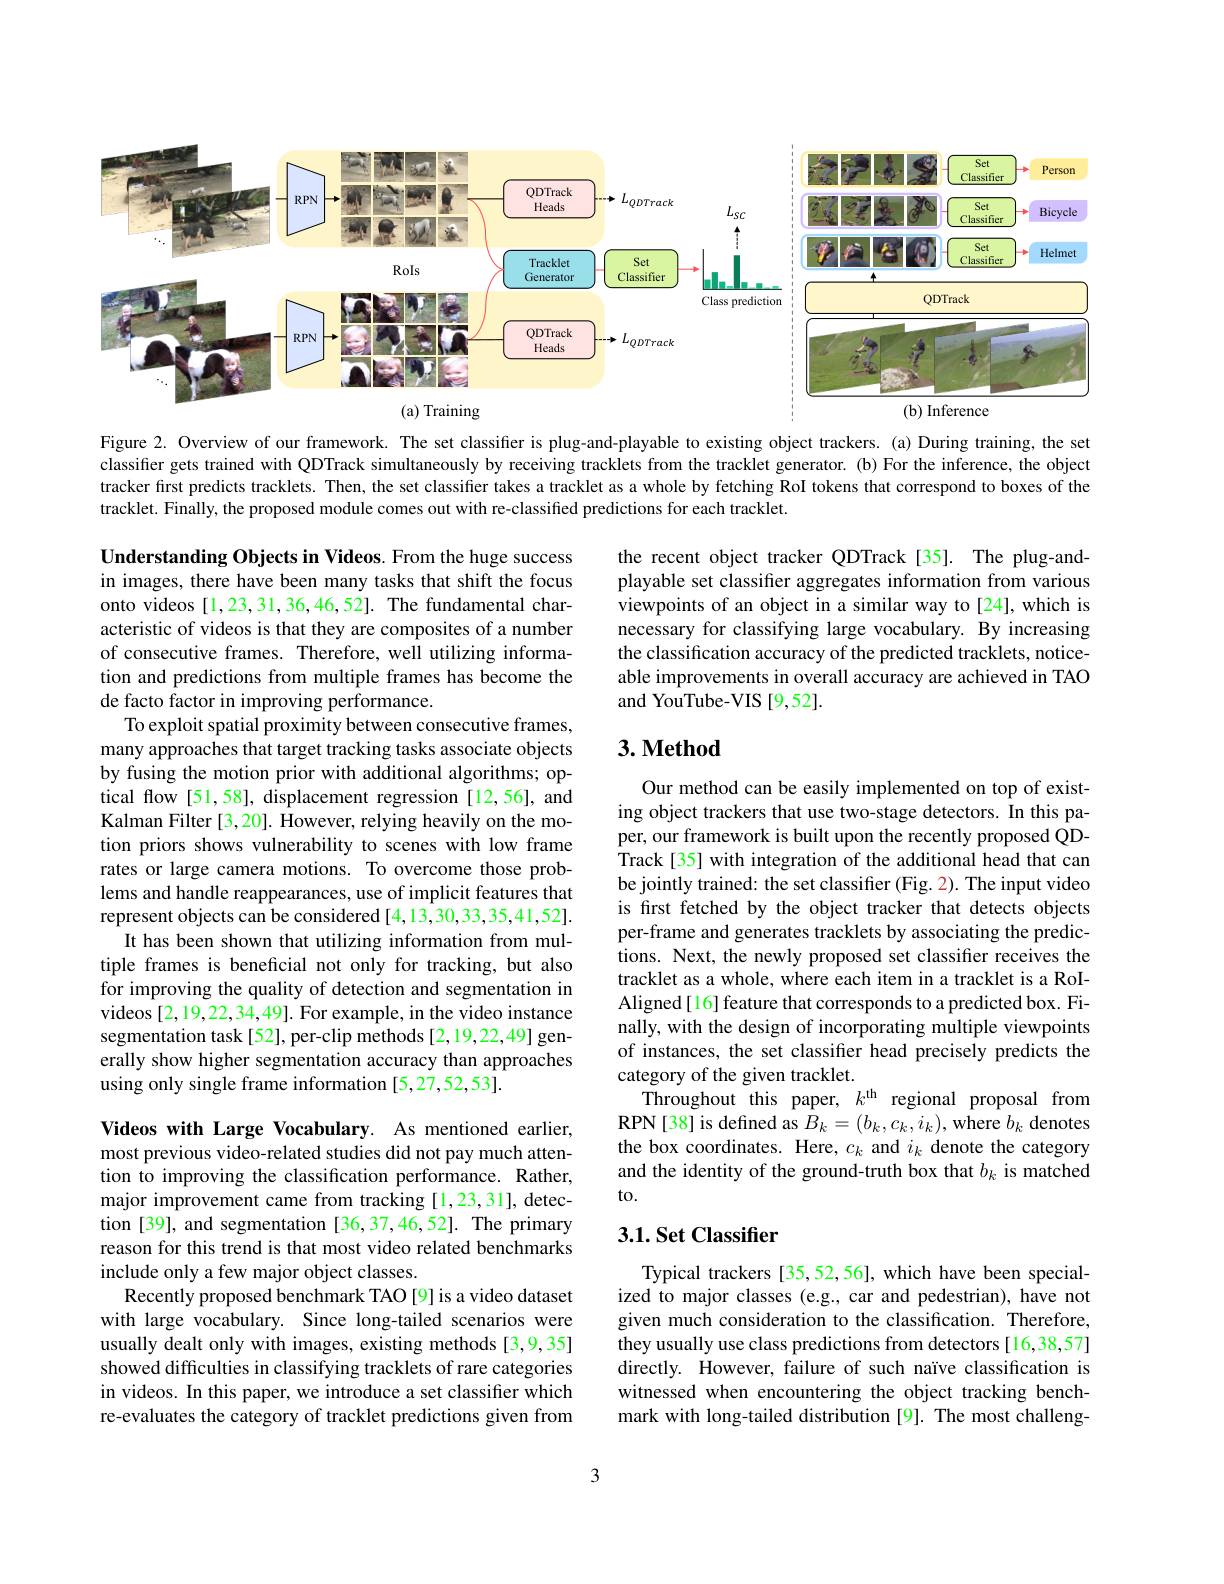
<FigureHere>

Figure 2. Overview of our framework. The set classifier is plug-and-playable to existing object trackers. (a) During training, the set classifier gets trained with QDTrack simultaneously by recciving tracklets from the tracklet generator. (b) For the inference, the object tracker first predicts tracklets. Then, the set classifier takes a tracklet as a whole by fetching RoI tokens that correspond to boxes of the tracklet. Finally, the proposed module comes out with re-classified predictions for each tracklet.

the recent object tracker QDTrack [35]. The plug-andplayable set classifier aggregates information from various viewpoints of an object in a similar way to[24], which is necessary for classifying large vocabulary. By increasing the classification accuracy of the predicted tracklets, noticeable improvements in overall accuracy are achieved in TAO and YouTube-VIS [9,52].

## $3. \textbf{Method}$

Understanding Objects in Videos. From the huge success in images, there have been many tasks that shift the focus onto videos [1,23,31,36,46,52]. The fundamental characteristic of videos is that they are composites of a number of consecutive frames. Therefore, well utilizing information and predictions from multiple frames has become the de facto factor in improving performance.
To exploit spatial proximity between consecutive frames, many approaches that target tracking tasks associate objects by fusing the motion prior with additional algorithms; optical flow [51,58], displacement regression [12,56], and Kalman Filter [3,20]. However, relying heavily on the motion priors shows vulnerability to scenes with low frame rates or large camera motions. To overcome those problems and handle reappearances, use of implicit features that represent objects can be considered [4,13,30,33,35,41,52].
It has been shown that utilizing information from multiple frames is beneficial not only for tracking, but also for improving the quality of detection and segmentation in videos [2,19,22,34,49]. For example, in the video instance segmentation task[52], per-clip methods[2,19,22,49] generally show higher segmentation accuracy than approaches using only single frame information [5,27,52,53].

Our method can be easily implemented on top of existing object trackers that use two-stage detectors. In this paper, our framework is built upon the recently proposed QDTrack[35] with integration of the additional head that can be jointly trained: the set classifier (Fig. 2). The input video is first fetched by the object tracker that detects objects per-frame and generates tracklets by associating the predictions. Next, the newly proposed set classifier receives the tracklet as a whole, where each item in a tracklet is a RoIAligned[16] feature that corresponds to a predicted box. Finally, with the design of incorporating multiple viewpoints of instances, the set classifier head precisely predicts the category of the given tracklet.
Throughout this paper, $k^\mathrm{th}$ regional proposal from RPN[38] is defined as $\hat{B}_k=(b_k,c_k,i_k)$, where $b_k$ denotes the box coordinates. Here, $c_k$ and $i_k$ denote the category and the identity of the ground-truth box that $b_k$ is matched to.

## $3. 1. \textbf{Set Classifier}$

Videos with Large Vocabulary. As mentioned earlier, most previous video-related studies did not pay much attention to improving the classification performance. Rather, major improvement came from tracking [1,23,31], detection [39], and segmentation [36,37,46,52]. The primary reason for this trend is that most video related benchmarks include only a few major object classes.
Recently proposed benchmark TAO [9] is a video dataset with large vocabulary. Since long-tailed scenarios were usually dealt only with images, existing methods [3,9,35] showed difficulties in classifying tracklets of rare categories in videos. In this paper, we introduce a set classifier which re-evaluates the category of tracklet predictions given from

Typical trackers [35,52,56], which have been specialized to major classes (e.g., car and pedestrian), have not given much consideration to the classification. Therefore, they usually use class predictions from detectors [16,38,57] directly. However, failure of such naïve classification is witnessed when encountering the object tracking benchmark with long-tailed distribution [9]. The most challeng-

3